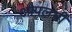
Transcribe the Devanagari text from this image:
ओपलभी